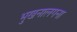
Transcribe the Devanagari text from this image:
भुखनालगना